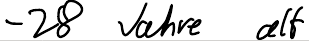
- 28 Jahre alt